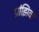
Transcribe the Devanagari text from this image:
प्रांझिक